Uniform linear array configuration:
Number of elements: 48
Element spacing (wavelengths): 0.25
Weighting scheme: kaiser
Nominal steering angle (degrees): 15
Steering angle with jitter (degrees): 15.909
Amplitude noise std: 0.05
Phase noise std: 0.05

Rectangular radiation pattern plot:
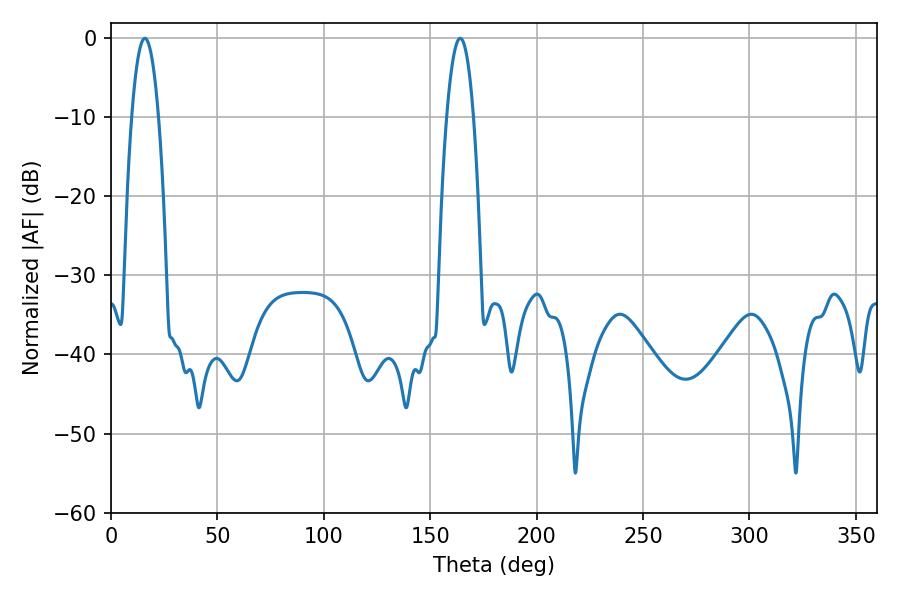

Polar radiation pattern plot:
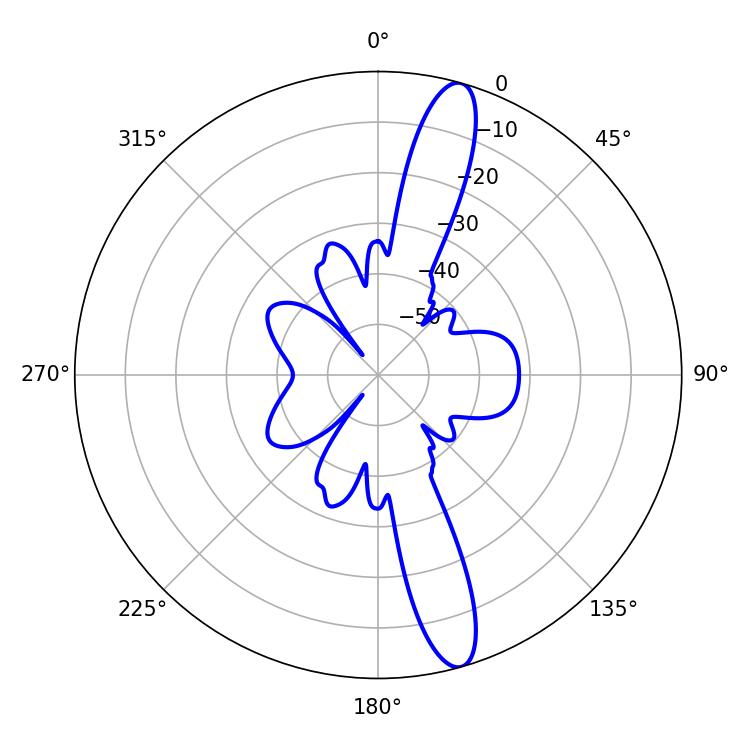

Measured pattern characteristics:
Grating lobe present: FALSE
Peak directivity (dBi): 14.442
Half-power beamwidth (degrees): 7.02
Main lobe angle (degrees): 15.84